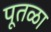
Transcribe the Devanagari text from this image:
पूतळा